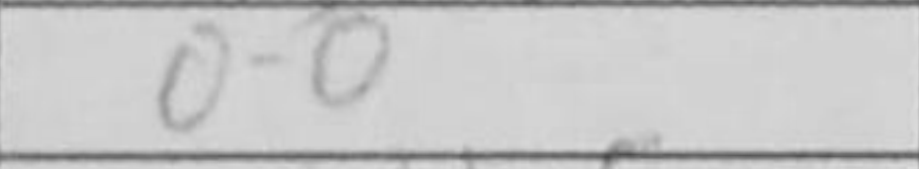
Transcription: O-O